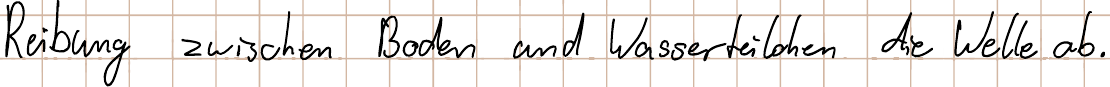
Reibung zwischen Boden und Wasserteilchen die Welle ab